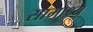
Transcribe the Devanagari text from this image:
सामाथ्र्य